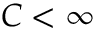
C < \infty